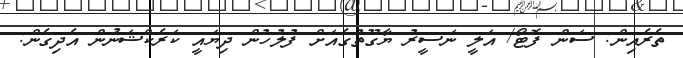
ތެރެއިން: ސަން ފޮޓޯ/ އަލީ ނަސީރު ޔާގޫތުގެއަށް ފުލުހުން ދިޔައީ ކަރެކްޝަނުން އެދިގެން: